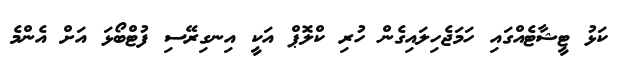
ކަޅު ޓީޝާޓެއްގައި ހަމަޖެހިލައިގެން ހުރި ކްލޮޕް އަކީ އިނގިރޭސި ފުޓްބޯޅަ އަށް އެންމެ